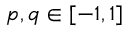
p , q \in [ - 1 , 1 ]